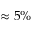
\approx 5 \%